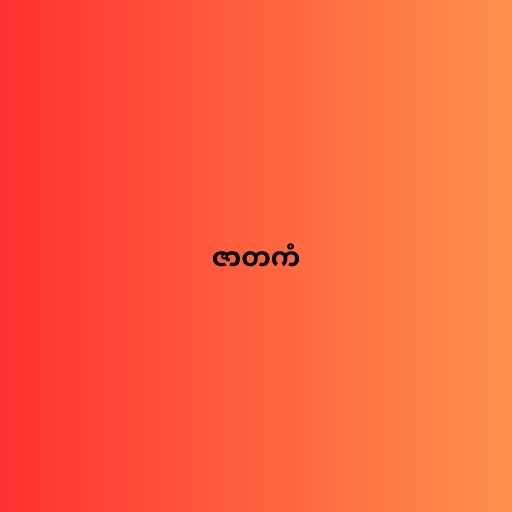
ဇာတကံ